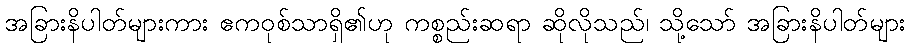
အခြားနိပါတ်များကား ဧကဝုစ်သာရှိ၏ဟု ကစ္စည်းဆရာ ဆိုလိုသည်၊ သို့သော် အခြားနိပါတ်များ